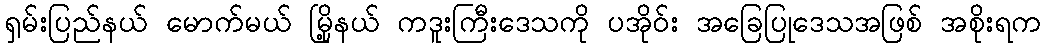
ရှမ်းပြည်နယ် မောက်မယ် မြို့နယ် ကဒူးကြီးဒေသကို ပအိုဝ်း အခြေပြုဒေသအဖြစ် အစိုးရက